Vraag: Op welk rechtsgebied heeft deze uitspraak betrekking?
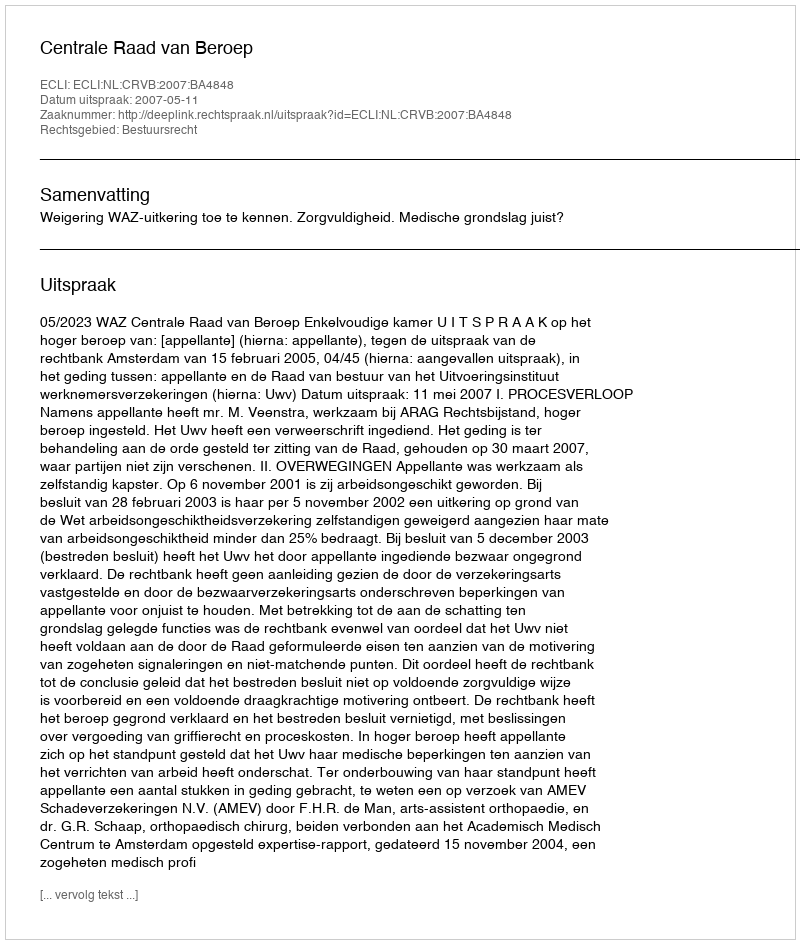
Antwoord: Bestuursrecht